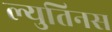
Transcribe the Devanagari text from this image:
ल्युतिनस